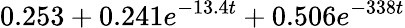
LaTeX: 0.253+0.241e^{-13.4t}+0.506e^{-338t}